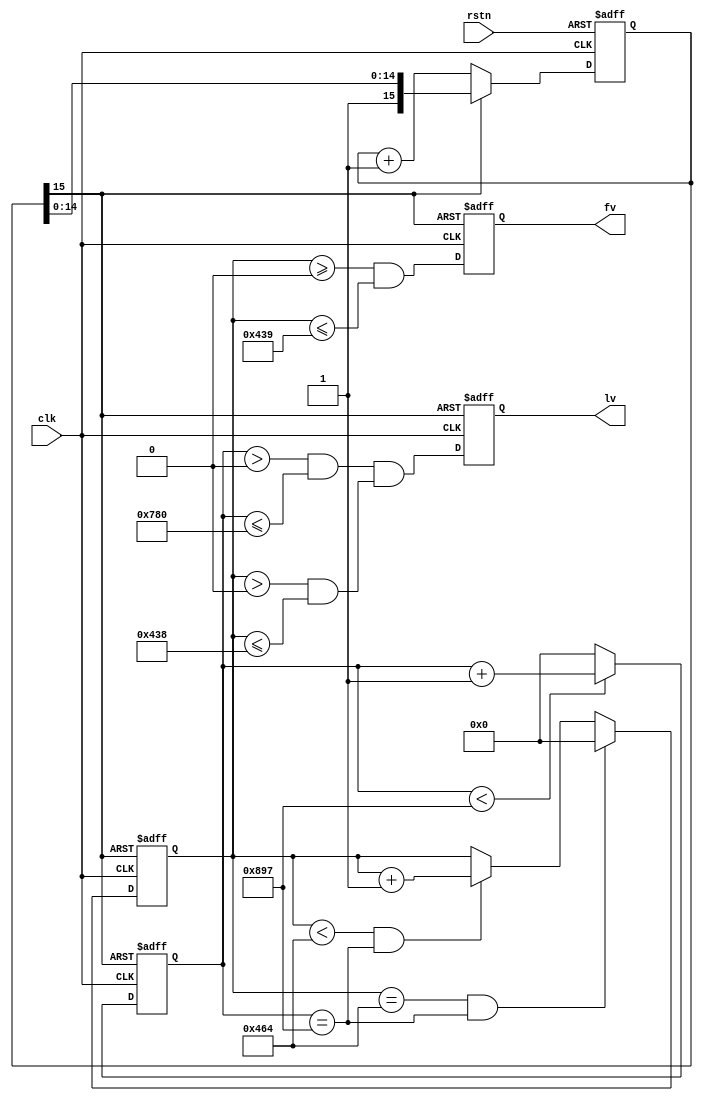
//   ==================================================================
//   >>>>>>>>>>>>>>>>>>>>>>> COPYRIGHT NOTICE <<<<<<<<<<<<<<<<<<<<<<<<<
//   ------------------------------------------------------------------
//   Copyright (c) 2017 by Lattice Semiconductor Corporation
//   ALL RIGHTS RESERVED 
//   ------------------------------------------------------------------
//
//   Permission:
//
//      Lattice SG Pte. Ltd. grants permission to use this code
//      pursuant to the terms of the Lattice Reference Design License Agreement. 
//
//
//   Disclaimer:
//
//      This VHDL or Verilog source code is intended as a design reference
//      which illustrates how these types of functions can be implemented.
//      It is the user's responsibility to verify their design for
//      consistency and functionality through the use of formal
//      verification methods.  Lattice provides no warranty
//      regarding the use or functionality of this code.
//
//   --------------------------------------------------------------------
//
//                  Lattice SG Pte. Ltd.
//                  101 Thomson Road, United Square #07-02 
//                  Singapore 307591
//
//                  web: http://www.latticesemi.com/
//
//   --------------------------------------------------------------------
//
module blanking_adjustment #(
	parameter rst_delay_msb = 15,
	parameter rst_delay_cyc = 'd17600    ,  
    parameter h_active      = 'd1920     ,
    parameter h_total       = 'd2200     ,
    parameter v_active      = 'd1080     ,
    parameter v_total       = 'd1125     ,
    parameter H_FRONT_PORCH =   'd88     ,
    parameter H_SYNCH       =   'd44     ,
    parameter H_BACK_PORCH  =  'd148     ,
    parameter V_FRONT_PORCH =    'd4     ,
    parameter V_SYNCH       =    'd5     
)
( 
    input                     rstn       , 
    input                     clk        , 
    output         reg        fv         , 
    output         reg        lv     
); 
 
    reg [11:0] pixcnt;   
    reg [11:0] linecnt;
    reg [11:0] fv_cnt;
    reg        q_fv;
    reg [rst_delay_msb:0]  rstn_cnt;
    
    always @(posedge clk or negedge rstn) 
       if (!rstn) 
             rstn_cnt <= 0;
       else
             rstn_cnt <= rstn_cnt[rst_delay_msb] ? rstn_cnt : rstn_cnt+1;
			 
	wire reset_n;
	
	assign reset_n = rstn_cnt[rst_delay_msb];
             
    always @(posedge clk or negedge reset_n) begin 
       if (!reset_n) begin 
       	  fv_cnt    <= 0;  
       	  pixcnt    <= 12'd0; 
       	  
       	  linecnt   <= 12'd0;
       	  
       	  lv        <= 1'b0;  
       	  fv        <= 1'b0;  
       	  q_fv      <= 0;                                    
           
       
       end                                   
       else begin 
          fv_cnt    <= (fv_cnt==11'h7FF)  ? 11'h7FF  : fv_cnt+ (~fv&q_fv);
          pixcnt    <= (pixcnt<h_total-1) ? pixcnt+1 : 0;  
                    
          linecnt   <= (linecnt==v_total-1 && pixcnt ==h_total-1)  ? 0         :  
                       (linecnt< v_total-1 && pixcnt ==h_total-1)  ? linecnt+1 : linecnt; 
       	            
       	  lv        <= (pixcnt>12'd0)   & (pixcnt<=h_active) & (linecnt> 0 & linecnt<=v_active); 
       	  fv        <= (linecnt>=12'd0) & (linecnt<=v_active+1);
       	  q_fv      <= fv; 
     	   
       end 
    end   
      
endmodule